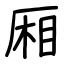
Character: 厢